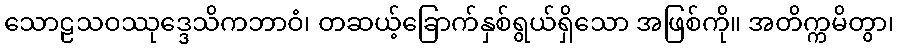
သောဠသဝဿုဒ္ဒေသိကဘာဝံ၊ တဆယ့်ခြောက်နှစ်ရွယ်ရှိသော အဖြစ်ကို။ အတိက္ကမိတွာ၊